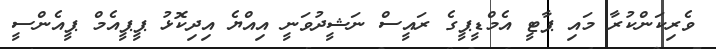
ވެރިކަންކުރާ މައި ޕާޓީ އެމްޑީޕީގެ ރައީސް ނަޝީދުވަނީ އިއްޔެ އިދިކޮޅު ޕީޕީއެމް ޕީއެންސީ